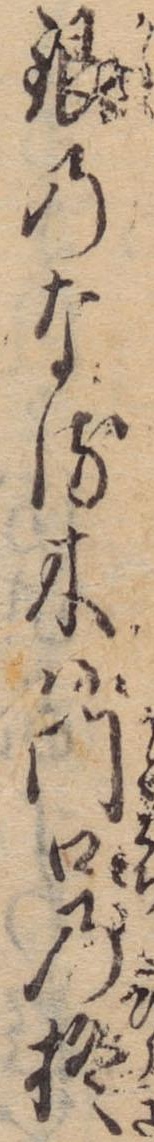
銀のなる木は門口の柊